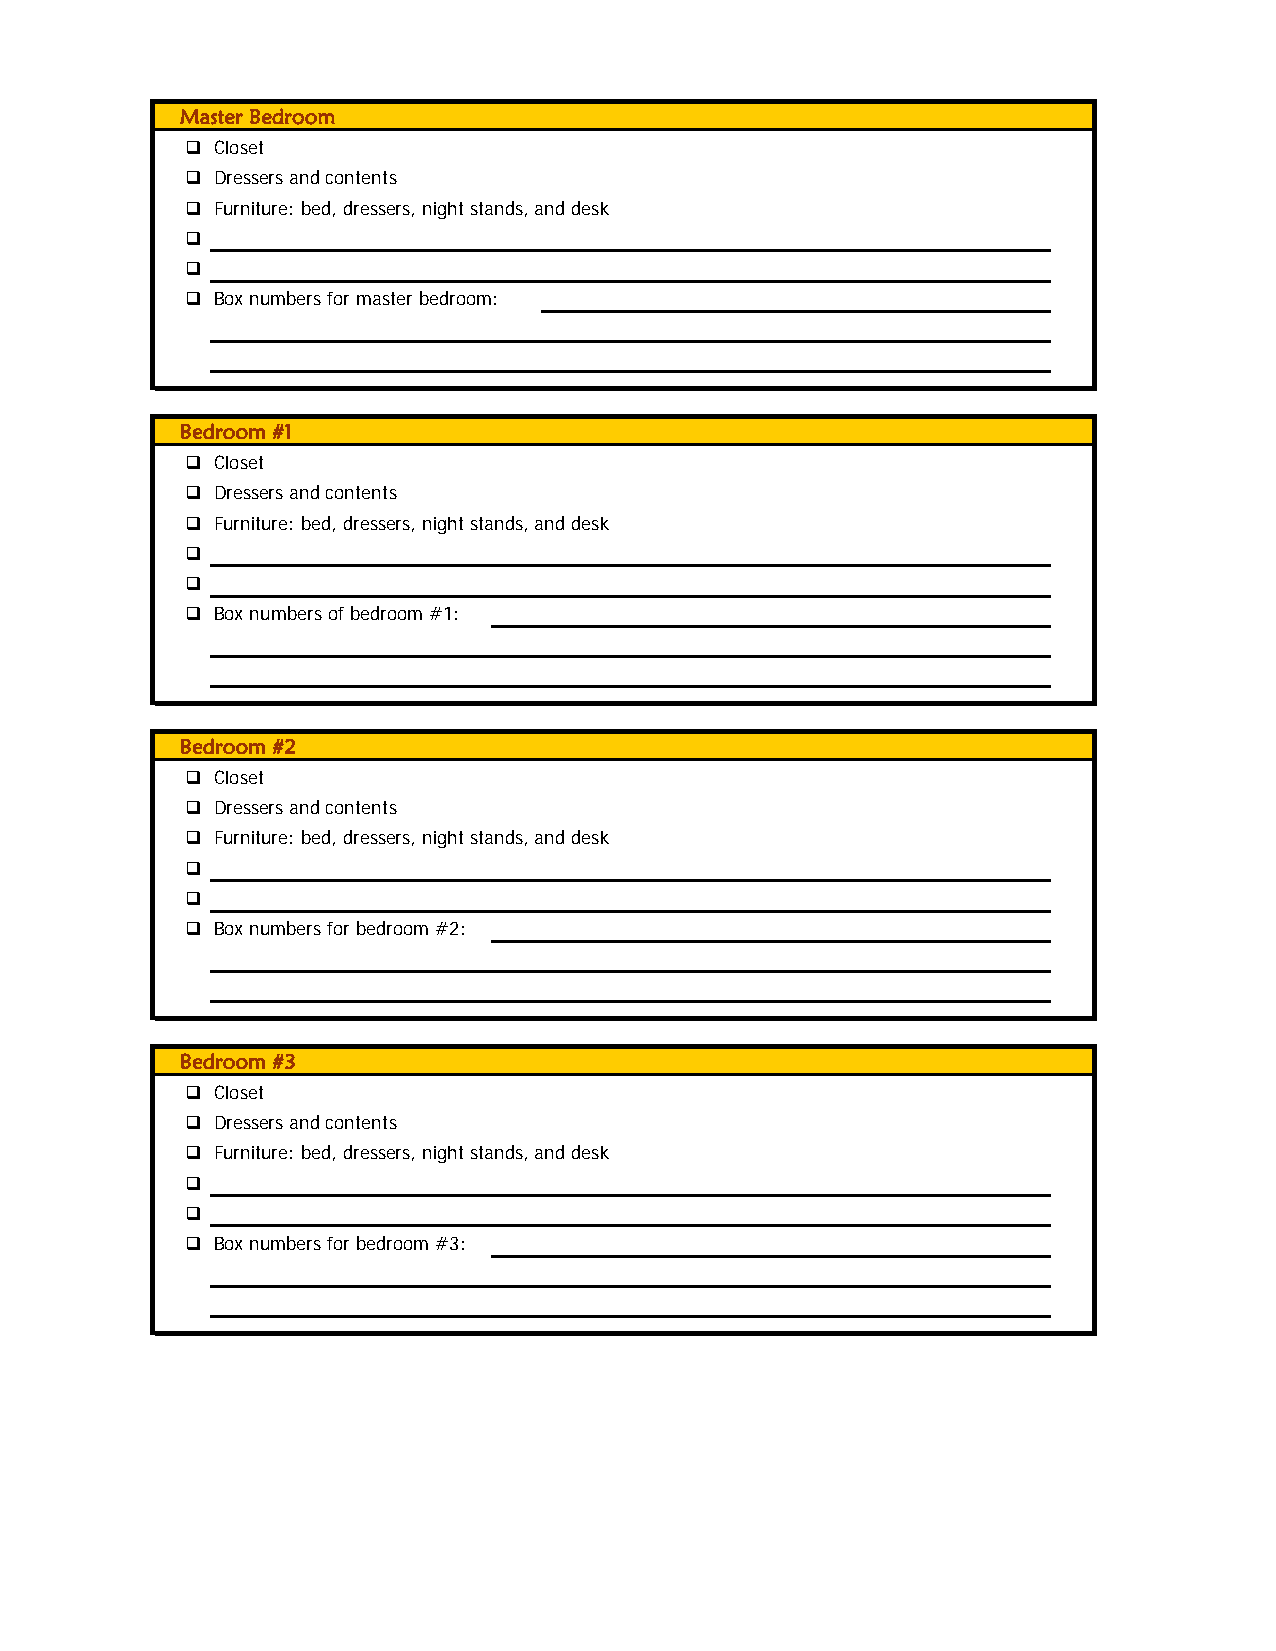
Master Bedroom
  Closet
  Dressers and contents
  Furniture: bed, dressers, night stands, and desk
 
 
  Box numbers for master bedroom:
 Bedroom #1
  Closet
  Dressers and contents
  Furniture: bed, dressers, night stands, and desk
 
 
  Box numbers of bedroom #1:
 Bedroom #2
  Closet
  Dressers and contents
  Furniture: bed, dressers, night stands, and desk
 
 
  Box numbers for bedroom #2:
 Bedroom #3
  Closet
  Dressers and contents
  Furniture: bed, dressers, night stands, and desk
 
 
  Box numbers for bedroom #3: